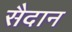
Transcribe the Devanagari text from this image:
सैदान